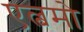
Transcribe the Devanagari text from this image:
एल्बमो